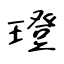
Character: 璒